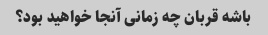
باشه قربان چه زمانی آنجا خواهید بود؟